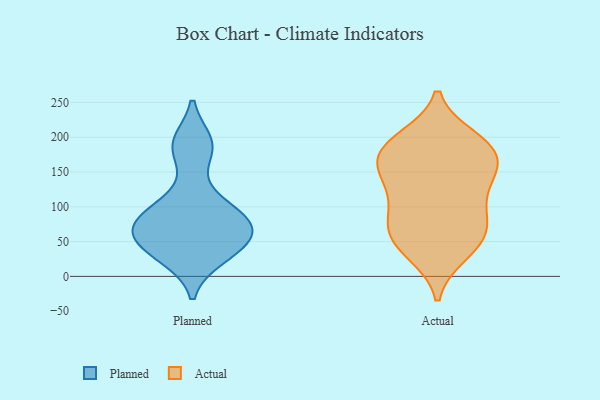
{"axis": {"x": "Budget (USD K)", "y": "Value"}, "legend": ["Actual", "Planned"], "data": [{"x": "", "y": 87, "type": "Planned"}, {"x": "", "y": 69, "type": "Planned"}, {"x": "", "y": 183, "type": "Planned"}, {"x": "", "y": 28, "type": "Planned"}, {"x": "", "y": 70, "type": "Planned"}, {"x": "", "y": 109, "type": "Planned"}, {"x": "", "y": 75, "type": "Planned"}, {"x": "", "y": 192, "type": "Planned"}, {"x": "", "y": 48, "type": "Planned"}, {"x": "", "y": 38, "type": "Planned"}, {"x": "", "y": 51, "type": "Actual"}, {"x": "", "y": 94, "type": "Actual"}, {"x": "", "y": 180, "type": "Actual"}, {"x": "", "y": 156, "type": "Actual"}, {"x": "", "y": 196, "type": "Actual"}, {"x": "", "y": 61, "type": "Actual"}, {"x": "", "y": 68, "type": "Actual"}, {"x": "", "y": 82, "type": "Actual"}, {"x": "", "y": 120, "type": "Actual"}, {"x": "", "y": 32, "type": "Actual"}, {"x": "", "y": 148, "type": "Actual"}, {"x": "", "y": 68, "type": "Actual"}, {"x": "", "y": 33, "type": "Actual"}, {"x": "", "y": 199, "type": "Actual"}, {"x": "", "y": 195, "type": "Actual"}, {"x": "", "y": 159, "type": "Actual"}, {"x": "", "y": 140, "type": "Actual"}, {"x": "", "y": 177, "type": "Actual"}, {"x": "", "y": 115, "type": "Actual"}, {"x": "", "y": 171, "type": "Actual"}]}